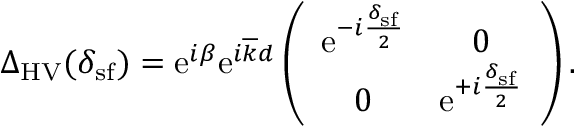
\begin{array} { r } { \Delta _ { \mathrm { H V } } ( \delta _ { \mathrm { s f } } ) = \mathrm { e } ^ { i \beta } \mathrm { e } ^ { i \overline { { k } } d } \left( \begin{array} { c c } { \mathrm { e } ^ { - i \frac { \delta _ { \mathrm { s f } } } { 2 } } } & { 0 } \\ { 0 } & { \mathrm { e } ^ { + i \frac { \delta _ { \mathrm { s f } } } { 2 } } } \end{array} \right) . } \end{array}